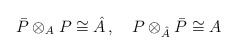
\begin{align*}\bar P\otimes_{A}P\cong \hat A \, , \quad P\otimes_{\hat A}\bar P \cong A\end{align*}